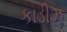
કાડીઝ